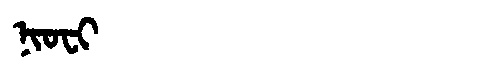
Manchu: ᠨᡳᠣᠸᡳ
Romanization: NIOFI